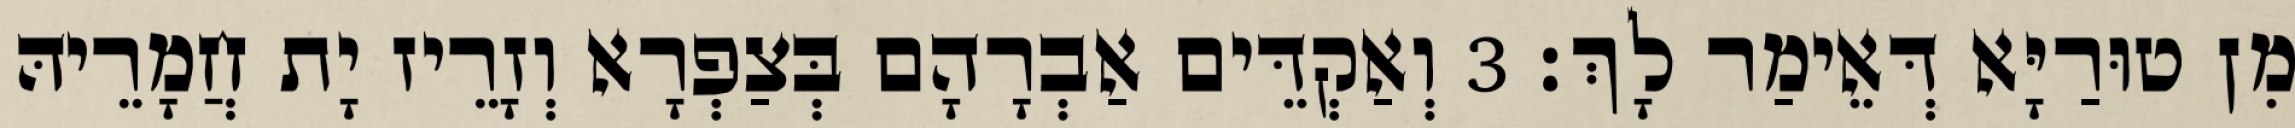
מִן טוּרַיָּא דְּאֵימַר לָךְ׃ 3 וְאַקְדֵּים אַבְרָהָם בְּצַפְרָא וְזָרֵיז יָת חֲמָרֵיהּ